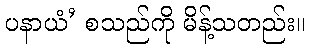
ပနာယံ’ စသည်ကို မိန့်သတည်း။